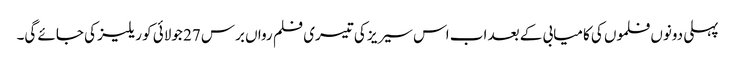
پہلی دونوں فلموں کی کامیابی کے بعد اب اس سیریز کی تیسری فلم رواں برس 27 جولائی کو ریلیز کی جائے گی۔